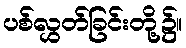
ပစ်လွှတ်ခြင်းတို့၌။